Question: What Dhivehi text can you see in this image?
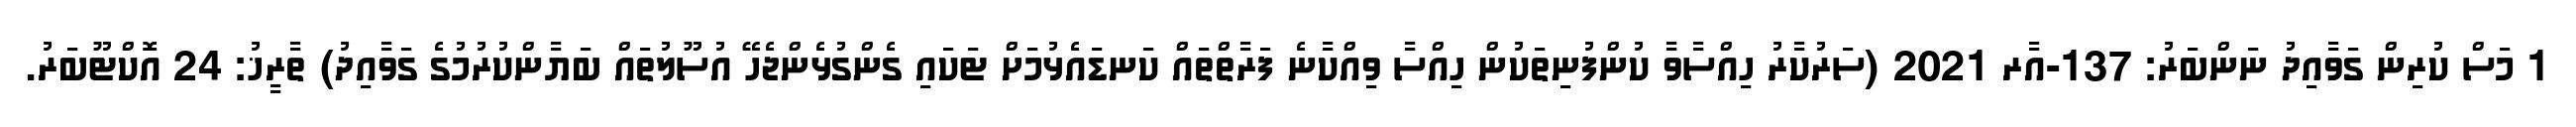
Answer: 1 މަސް ކުރިން ގަވާއިދު ނަންބަރު: 137-އާރ 2021 (ސަރުކާރު ހިއްސާވާ ކުންފުނިތަކުން ހިއްސާ ވިއްކާނެ ފަރާތްތައް ކަނޑައެޅުމަށް ޓަކައި ގެންގުޅެންޖެހޭ އުސޫލުތައް ބަޔާންކުރުމުގެ ގަވާއިދު) ތާރީޚު: 24 އޮކްޓޫބަރު.